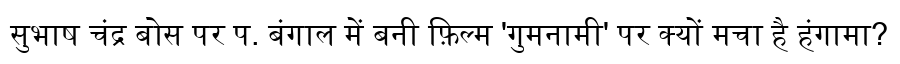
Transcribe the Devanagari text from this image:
सुभाष चंद्र बोस पर प. बंगाल में बनी फ़िल्म 'गुमनामी' पर क्यों मचा है हंगामा?